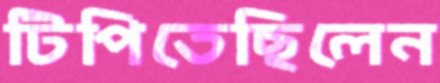
টিপিতেছিলেন